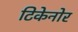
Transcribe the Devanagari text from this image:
टिकेनोर